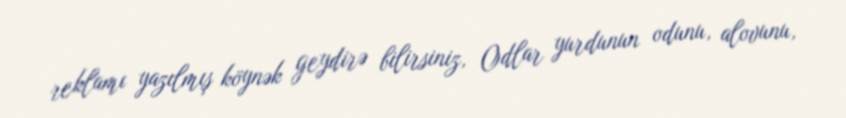
reklamı yazılmış köynək geydirə bilirsiniz, Odlar yurdunun odunu, alovunu,